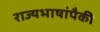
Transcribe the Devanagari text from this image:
राज्यभाषांपैकी